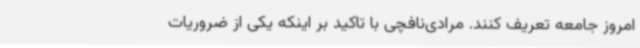
امروز جامعه تعریف کنند. مرادی‌نافچی با تاکید بر اینکه یکی از ضروریات